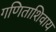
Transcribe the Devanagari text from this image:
गणिताशिवाय